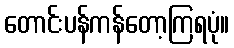
တောင်းပန်ကန်တော့ကြရပုံ။